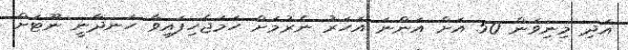
އަދި މިނިވަން 50 އަށް އަންނަ އަހަރު ނެރުމަށް ހަމަޖެހިފައިވާ ހަނދާނީ ނޫޓަށް